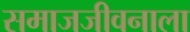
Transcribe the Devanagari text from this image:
समाजजीवनाला